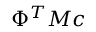
\Phi ^ { T } M \boldsymbol { c }